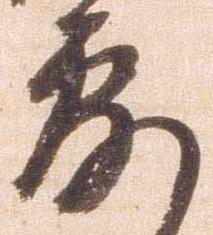
露